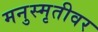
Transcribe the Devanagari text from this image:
मनुस्मृतीवर